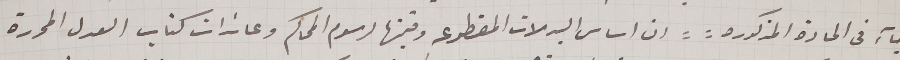
جاء فى المادة المذكورة : ان اساس البدلات المقطوعه وقيمتها لرسوم المحاكم وعائدات كتاب العدل المحررة